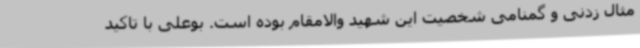
مثال زدنی و گمنامی شخصیت این شهید والامقام بوده است. بوعلی با تاکید